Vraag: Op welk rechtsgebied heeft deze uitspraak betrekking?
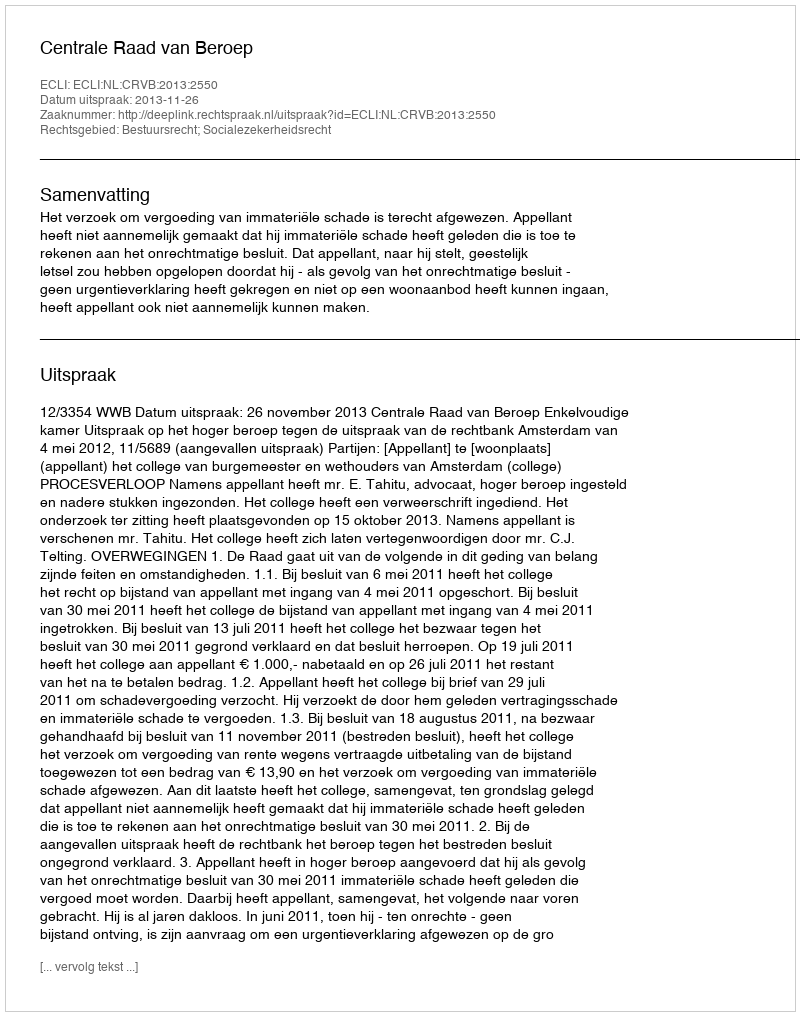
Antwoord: Bestuursrecht; Socialezekerheidsrecht